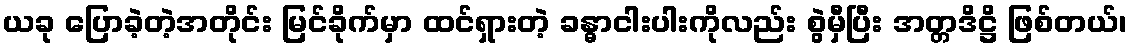
ယခု ပြောခဲ့တဲ့အတိုင်း မြင်ခိုက်မှာ ထင်ရှားတဲ့ ခန္ဓာငါးပါးကိုလည်း စွဲမှီပြီး အတ္တဒိဋ္ဌိ ဖြစ်တယ်၊